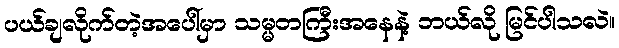
ပယ်ချလိုက်တဲ့အပေါ်မှာ သမ္မတကြီးအနေနဲ့ ဘယ်လို မြင်ပါသလဲ။